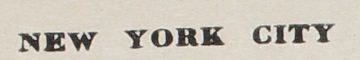
NEW YORK CITY